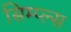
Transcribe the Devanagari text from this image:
सिम्प्ल्स